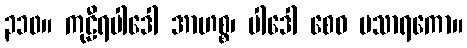
၃၁၀။ ကုဠီရပါဒေါ အာဟစ္စ၊ ပါဒေါ စေဝ မသာရကော။